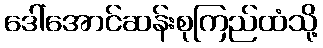
ဒေါ်အောင်ဆန်းစုကြည်ထံသို့